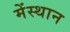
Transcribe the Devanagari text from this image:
मेंस्थान